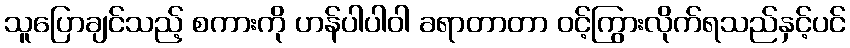
သူပြောချင်သည့် စကားကို ဟန်ပါပါဝါ ခရာတာတာ ဝင့်ကြွားလိုက်ရသည်နှင့်ပင်